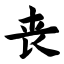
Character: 丧